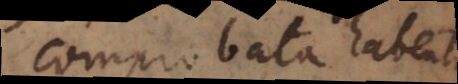
comprobata habentur.